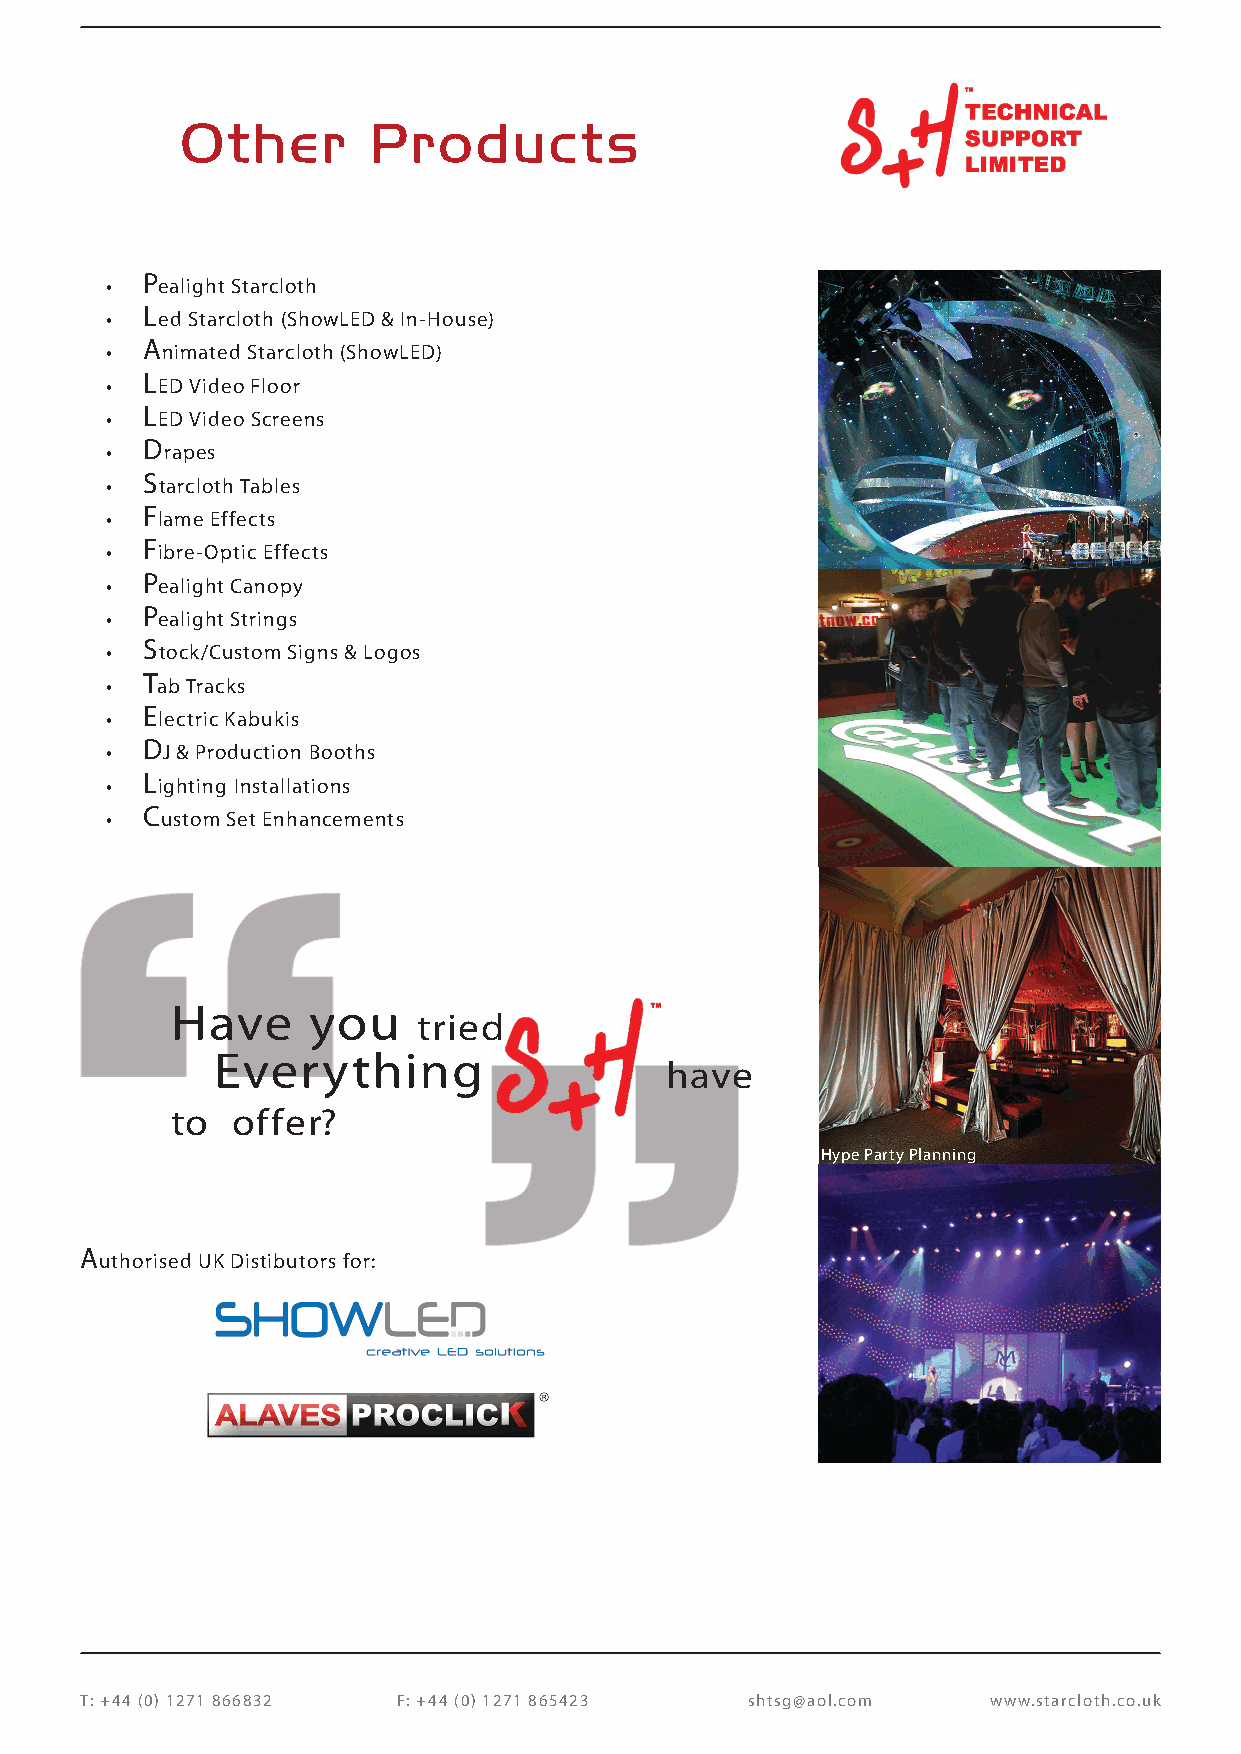
Other       Products
 • Pealight Starcloth
 • Led Starcloth (ShowLED & In-House)
 • Animated Starcloth (ShowLED)
 • LED Video Floor
 • LED Video Screens
 • Drapes
 • Starcloth Tables
 • Flame Effects
 • Fibre-Optic Effects
 • Pealight Canopy
 • Pealight Strings
 • Stock/Custom Signs & Logos
 • Tab Tracks
 • Electric Kabukis
 • DJ & Production Booths
 • Lighting Installations
 • Custom Set Enhancements
 Have     you
 tried
 Everything
 have
 to  offer?
 Hype Party Planning
 Authorised UK Distibutors for:
 T: +44 (0) 1271 866832 F: +44 (0) 1271 865423 shtsg@aol.com www.starcloth.co.uk